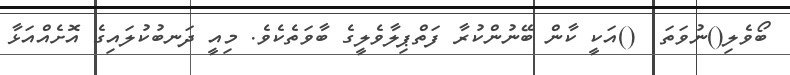
ބޯވެލި()ނުވަތަ  ()އަކީ ކާން ބޭނުންކުރާ ފަތްޕިލާވެލީގެ ބާވަތެކެވެ. މިއީ ދަނބުކުލައިގެ އޮށެއްއަޅާ